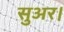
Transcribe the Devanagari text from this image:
सुअर।